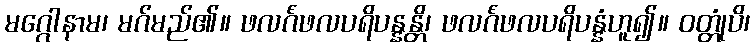
မဂ္ဂေါနာမ၊ မဂ်မည်၏။ ဖလင်္ဂံဖလပရိပန္နန္တိ၊ ဖလင်္ဂံဖလပရိပန္နံဟူ၍။ ဝတ္တုံပိ၊